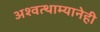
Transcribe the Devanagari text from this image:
अश्वत्थाम्यानेही